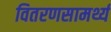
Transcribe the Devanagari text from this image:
वितरणसामर्थ्य